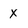
Character: x